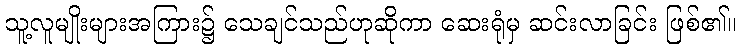
သူ့လူမျိုးများအကြား၌ သေချင်သည်ဟုဆိုကာ ဆေးရုံမှ ဆင်းလာခြင်း ဖြစ်၏။